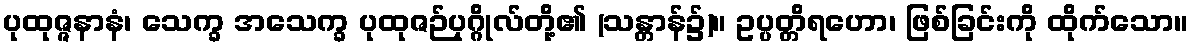
ပုထုဇ္ဇနာနံ၊ သေက္ခ အသေက္ခ ပုထုဇဉ်ပုဂ္ဂိုလ်တို့၏ (သန္တာန်၌)။ ဥပ္ပတ္တိရဟော၊ ဖြစ်ခြင်းကို ထိုက်သော။